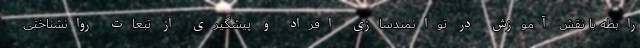
رابطه با نقش آموزش در توانمندسازی افراد و پیشگیری از تبعات روانشناختی